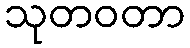
သုတဝတာ